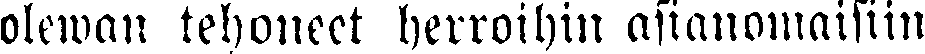
olewan tehoneet herroihin asianomaisiin